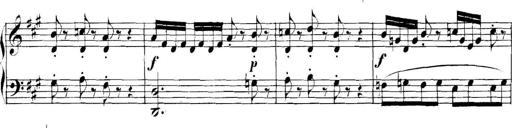
Title: Collected Piano Sonatas
Composer: Muzio Clementi